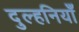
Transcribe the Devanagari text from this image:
दुल्हनियाँ